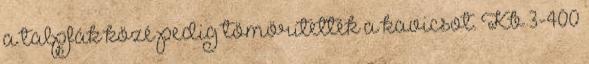
a talpfák közé pedig tömörítették a kavicsot. Kb 3-400